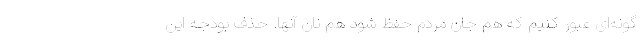
گونه‌ای عبور کنیم که هم جان مردم حفظ شود هم نان آنها. حذف بودجه این